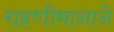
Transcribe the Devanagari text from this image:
राहणीमानाने